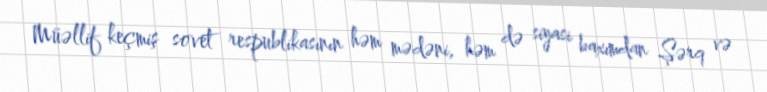
Müəllif keçmiş sovet respublikasının həm mədəni, həm də siyasi baxımdan Şərq və